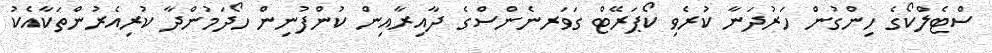
ސްޓެލްކޯގެ ހިންގުން ހަރުދަނާ ކުރެވި ކޯޕަރޭޓް ގަވަރނެންސްގެ ދާއިރާއިން ކުންފުނިން ހޯދަމުންދާ ކުރިއެރުންތަކާއެކު